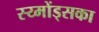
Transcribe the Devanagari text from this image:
स्य्मोंड्सका